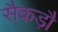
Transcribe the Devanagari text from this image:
सैकड़ौ